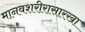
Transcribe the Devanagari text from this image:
मानवशरीरासारखा